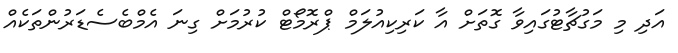
އަދި މި މަގުޗާޓުގައިވާ ގޮތަށް އާ ކަރިކިއުލަމް ޕްރޮމޯޓް ކުރުމަށް ގިނަ އެމްބެސެޑަރުންތަކެއް